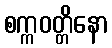
စက္ကဝတ္တိနော